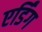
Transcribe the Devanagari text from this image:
एर्डिंग